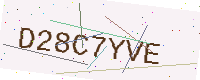
Text: D28C7YVE